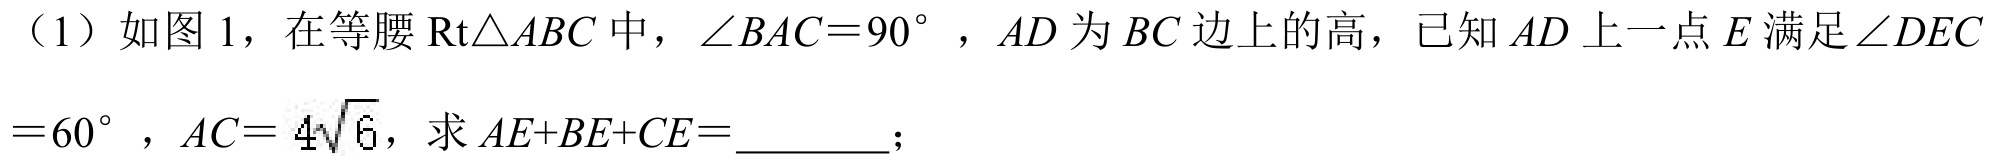
（1）如图 1，在等腰\(\text{Rt}\triangle ABC\)中，\(\angle BAC = 90^{\circ}\)，\(AD\)为\(BC\)边上的高，已知\(AD\)上一点\(E\)满足\(\angle DEC=60^{\circ}\)，\(AC = 4\sqrt{6}\)，求\(AE + BE+CE=\)________；